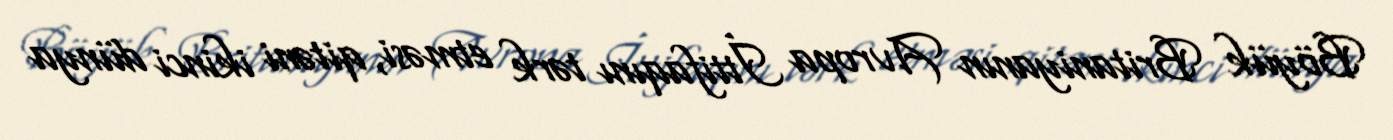
Böyük Britaniyanın Avropa İttifaqını tərk etməsi, qitəni ikinci dünya